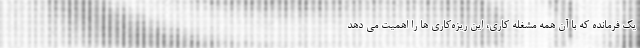
یک فرمانده که با آن همه مشغله کاری، این ریزه‌کاری ها را اهمیت می دهد